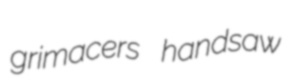
grimacers handsaw